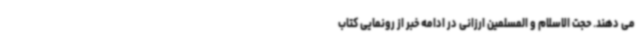
می دهند. حجت الاسلام و المسلمین ارزانی در ادامه خبر از رونمایی کتاب